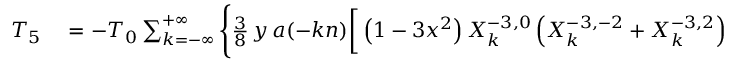
\begin{array} { r l } { T _ { 5 } } & { { } = - { \cal T } _ { 0 } \sum _ { k = - \infty } ^ { + \infty } \Bigg \{ \frac { 3 } { 8 } \, y \, a ( - k n ) \bigg [ \left( 1 - 3 x ^ { 2 } \right) X _ { k } ^ { - 3 , 0 } \left( X _ { k } ^ { - 3 , - 2 } + X _ { k } ^ { - 3 , 2 } \right) - 6 \left( 1 - x ^ { 2 } - 2 y ^ { 2 } \right) X _ { k } ^ { - 3 , 2 } X _ { k } ^ { - 3 , - 2 } \bigg ] } \end{array}